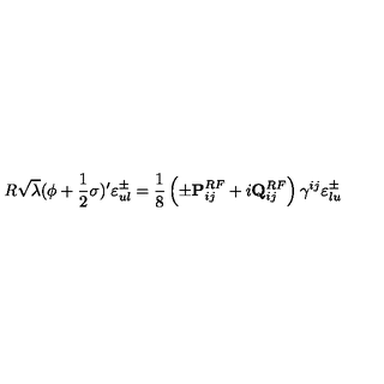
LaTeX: R \sqrt { \lambda } ( \phi + { \frac { 1 } { 2 } } \sigma ) ^ { \prime } \varepsilon _ { u l } ^ { \pm } = { \frac { 1 } { 8 } } \left( \pm { \bf { P } } _ { i j } ^ { R F } + i { \bf { Q } } _ { i j } ^ { R F } \right) \gamma ^ { i j } \varepsilon _ { l u } ^ { \pm }